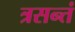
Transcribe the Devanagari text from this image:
त्रसन्तं